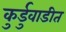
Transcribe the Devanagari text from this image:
कुर्डुवाडीत